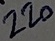
Text: 220